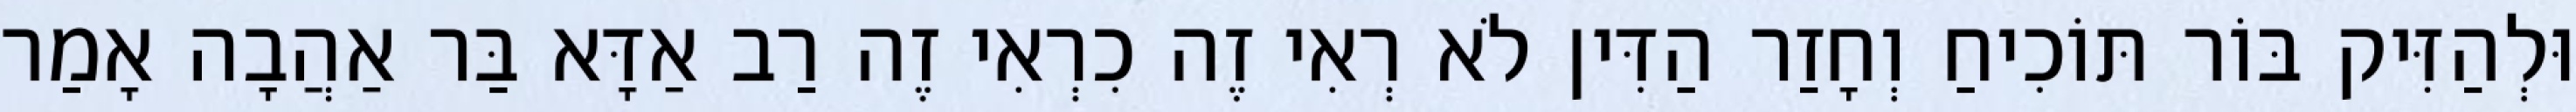
וּלְהַזִּיק בּוֹר תּוֹכִיחַ וְחָזַר הַדִּין לֹא רְאִי זֶה כִרְאִי זֶה רַב אַדָּא בַּר אַהֲבָה אָמַר